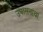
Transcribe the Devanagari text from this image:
उपासनांचा